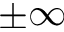
\pm \infty